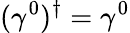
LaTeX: (\gamma^{0})^{\dagger}=\gamma^{0}